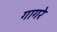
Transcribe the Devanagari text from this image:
गागरे